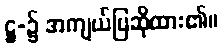
ဋ္ဌ-၌ အကျယ်ပြဆိုထား၏။